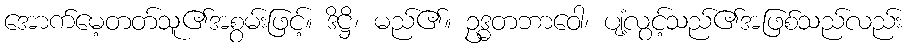
အောက်မေ့တတ်သူ၏အစွမ်းဖြင့်။ ဒိဋ္ဌိ၊ မည်၏။ ဥဒ္ဓတဘာဝေါ၊ ပျံ့လွင့်သည်၏အဖြစ်သည်လည်း